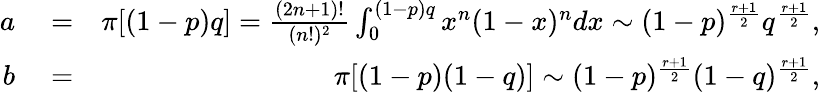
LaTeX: \begin{array}{rlr}{a}&{{}=}&{\pi[(1-p)q]=\frac{(2n+1)!}{(n!)^{2}}\int_{0}^{(1-p)q}x^{n}(1-x)^{n}dx\sim(1-p)^{\frac{r+1}{2}}q^{\frac{r+1}{2}},}\\ {b}&{{}=}&{\pi[(1-p)(1-q)]\sim(1-p)^{\frac{r+1}{2}}(1-q)^{\frac{r+1}{2}},}\end{array}